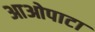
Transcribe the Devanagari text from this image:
आओपाटा